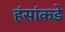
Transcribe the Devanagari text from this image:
हंसांकडे